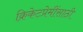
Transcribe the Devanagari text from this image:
क्रिकेटप्रेमींसाठी